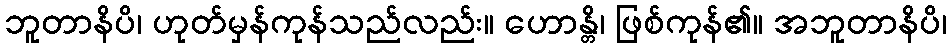
ဘူတာနိပိ၊ ဟုတ်မှန်ကုန်သည်လည်း။ ဟောန္တိ၊ ဖြစ်ကုန်၏။ အဘူတာနိပိ၊